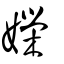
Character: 嬫